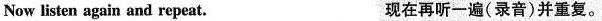
Now listen again and repeat. 现在再听一遍(录音)并重复.